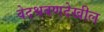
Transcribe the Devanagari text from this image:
वेदश्रवणदेखील